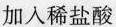
加入稀盐酸